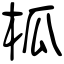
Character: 柧